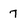
Character: 7